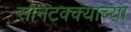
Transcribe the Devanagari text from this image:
सोनटक्क्याच्या